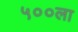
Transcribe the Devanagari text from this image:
५००ला